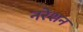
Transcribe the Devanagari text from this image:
नरेशन